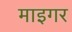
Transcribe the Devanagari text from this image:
माइगर